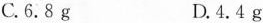
C.6.8g D.4.4g